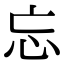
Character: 忘